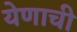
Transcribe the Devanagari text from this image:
येणाची